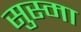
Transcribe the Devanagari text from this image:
सुस्मा